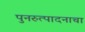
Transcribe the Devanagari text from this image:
पुनरुत्पादनाचा